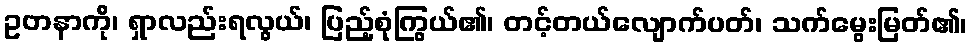
ဥတနာကို၊ ရှာလည်းရလွယ်၊ ပြည့်စုံကြွယ်၏၊ တင့်တယ်လျောက်ပတ်၊ သက်မွေးမြတ်၏၊